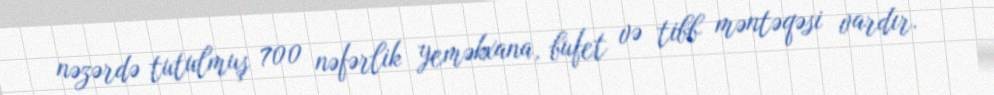
nəzərdə tutulmuş 700 nəfərlik yeməkxana, bufet və tibb məntəqəsi vardır.